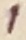
Text: 1